Vaccination North-Western Provinces 1866-1877 - 1866-1877
Year: 1866
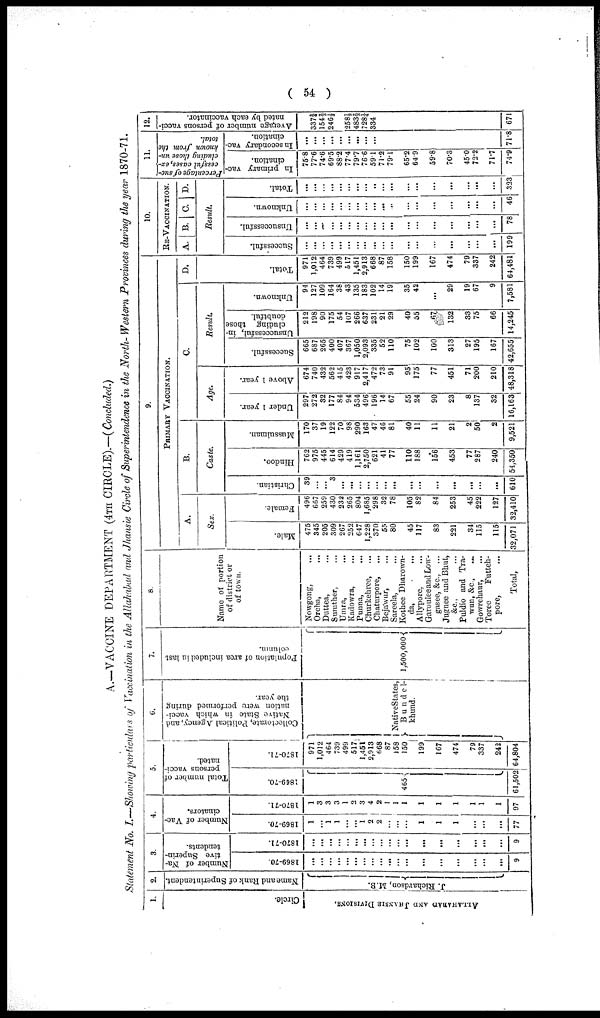
( 54 )
A.—VACCINE DEPARTMENT (4TH CIRCLE).—(Concluded.)
Statement No. I.—Showing particulars of Vaccination in the Allahabad and Jhansie Circle of Superintendence in the North- Western Provinces during the year 1870-71.
1.
Circle.
ALLAHABAD AND JHANSIE DIVISIONS.
2.
Name and Rank of Superintendent.
J. Richardson, M.B.
3.
Number of Na
tive Superin
tendents.
1869-70.
...
...
...
...
...
...
...
...
...
...
...
...
...
...
...
...
...
...
9
1870-71.
...
...
...
...
...
...
...
...
...
...
...
...
...
...
...
...
...
...
9
4.
Number of Vac-
cinators.
1869-70.
1
...
1
1
...
...
1
2
2
...
...
...
1
1
1
...
...
...
77
1870-71.
1
3
3
3
1
2
3
4
2
1
1
1
1
1
1
1
1
1
97
5.
Total number of
persons vacci
nated.
1869-70.
465
61,502
1870-71.
971
1,012
464
739
499
517
1,451
2,913
668
87
158
150
199
167
474
79
337
242
64,804
6.
Collectorate, Political Agency, and
Native State in which vacci
nation were performed during
the year.
Native States,
Bundel-
khund.
7.
Population of area included in last
column.
1,500,000
8.
Name of portion
of district or
of town.
Nowgong, ...
Orcha, ...
Duttea, ...
Sumther, ...
Umra, ...
Kadowra, ...
Punna, ...
Churkehree, ...
Chaturpore,
...
Bejawur, ...
Sareela, ...
Kothee Dharown-
da,
...
Allypore, ...
Garoulee and Low-
gasee, &c., ...
Jugnee and Bhut,
&c., ...
Puldio and Tra-
wun, &c., ...
Gowrehaur, ...
Toree
Futteh-
pore, ...
Total,
9.
PRIMARY VACCINATION.
A.
Sex.
Male.
475
345
205
309
267
252
647
1,228
370
55
80
45
117
83
221
34
115
115
32,071
Female.
496
667
259
430
232
265
804
1,685
298
32
78
105
82
84
253
45
222
127
32,410
B.
Caste.
Christian.
39
...
...
3
...
...
...
...
...
...
...
...
...
...
...
...
...
...
610
Hindoo.
762
975
445
614
429
419
1,161
2,750
621
41
77
110
188
156
453
77
287
240
54,350
Mussulman.
170
37
19
122
70
98
290
163
47
46
81
40
11
11
21
2
50
2
9,521
C.
Age.
Under 1 year.
297
272
32
177
84
94
534
496
196
14
67
55
24
90
23
8
137
32
16,163
Above 1 year.
674
740
432
562
415
423
917
2,417
472
73
91
95
175
77
451
71
200
210
48,318
Result.
Successful.
665
687
265
400
407
367
1,050
2,093
335
52
110
75
102
100
313
27
195
167
42,655
Unsuccessful, in
cluding those
doubtful.
212
198
90
175
54
107
266
637
231
21
29
40
55
67
132
33
75
66
14,245
Unknown.
94
127
109
164
38
43
135
183
102
14
19
35
42
...
29
19
67
9
7,581
D.
10.
Re-Vaccination.
A.
B. C. D.
Result.
Total.
971
1,012
464
739
499
517
1,451
2,913
668
87
158
150
199
167
474
79
337
242
64,481
Successful.
...
...
...
...
...
...
...
...
...
...
...
...
...
...
...
...
...
...
199
Unsuccessful.
...
...
...
...
...
...
...
...
...
...
...
...
...
...
...
...
...
...
78
Unknown.
...
...
...
...
...
...
...
...
...
...
...
...
...
...
...
...
...
...
46
Total.
...
...
...
...
...
...
...
...
...
...
...
...
...
...
...
...
...
...
323
11.
Percentage of suc-
cessful cases, ex-
cluding those un-
known from the
total.
In primary vac
cination.
75.8
77.6
74.6
69.5
88.2
77.4
79.7
76.6
59.1
71.2
79.1
65.2
64.9
59.8
70.3
45.0
72.2
71.7
74.9
In secondary vac
cination.
...
...
...
...
...
...
...
...
...
71.8
12.
Average number of persons vacci
nated by each vaccinator.
337¾
154⅔
246⅓
258½
483⅔
728¼
334
671